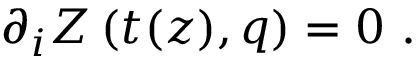
\partial _ { i } Z \left( t ( z ) , q \right) = 0 \ .